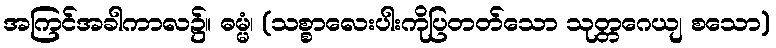
အကြင်အခါကာလ၌။ ဓမ္မံ၊ (သစ္စာလေးပါးကိုပြတတ်သော သုတ္တဂေယျ စသော)